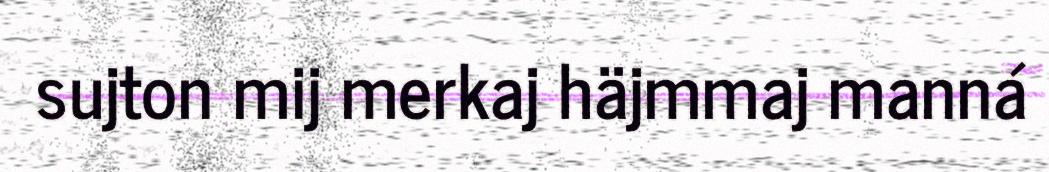
sujton mij merkaj häjmmaj manná